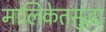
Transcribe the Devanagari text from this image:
मालिकेतसुद्धा